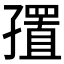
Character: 𪧁